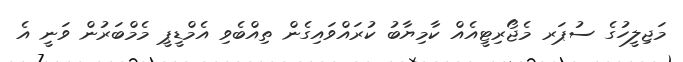
މަޖިލީހުގެ ސުޕަރ މެޖޯރިޓީއެއް ކާމިޔާބު ކުރައްވައިގެން ތިއްބެވި އެމްޑީޕީ މެމްބަރުން ވަނީ އެ